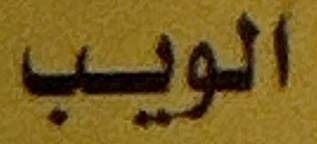
الویب